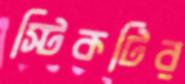
স্টিকটির